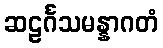
ဆဠင်္ဂသမန္နာဂတံ